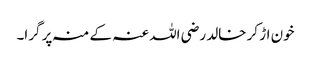
خون اڑ کر خالد رضی اللہ عنہ کے منہ پر گرا۔